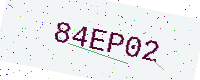
Text: 84EP02